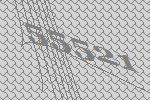
55521